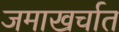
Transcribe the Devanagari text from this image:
जमाखर्चात